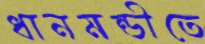
ধানমন্ডীতে